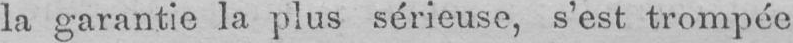
la garantie la plus sérieuse, s’est trompée